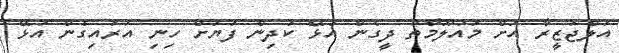
އަލްޖަޒީރާ އަށް މައުލޫމާތު ދީގެން އުޅޭ ކުދިން ފަޔަށް ހިނި އަރައިގެން އުޅޭ